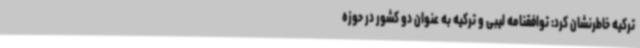
ترکیه خاطرنشان کرد: توافقنامه لیبی و ترکیه به عنوان دو کشور در حوزه